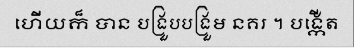
ហើយក៏ បាន បង្រួបបង្រួម នគរ ។ បង្កើត